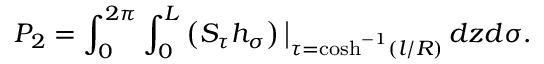
P _ { 2 } = \int _ { 0 } ^ { 2 \pi } \int _ { 0 } ^ { L } \left( S _ { \tau } h _ { \sigma } \right) \big | _ { \tau = \cosh ^ { - 1 } ( l / R ) } \, d z d \sigma .